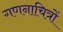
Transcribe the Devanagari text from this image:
गणनाचित्रों